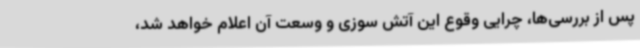
پس از بررسی‌ها، چرایی وقوع این آتش سوزی و وسعت آن اعلام خواهد شد،